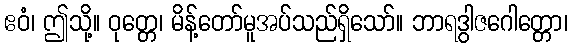
ဧဝံ၊ ဤသို့။ ဝုတ္တေ၊ မိန့်တော်မူအပ်သည်ရှိသော်။ ဘာရဒွါဇဂေါတ္တော၊